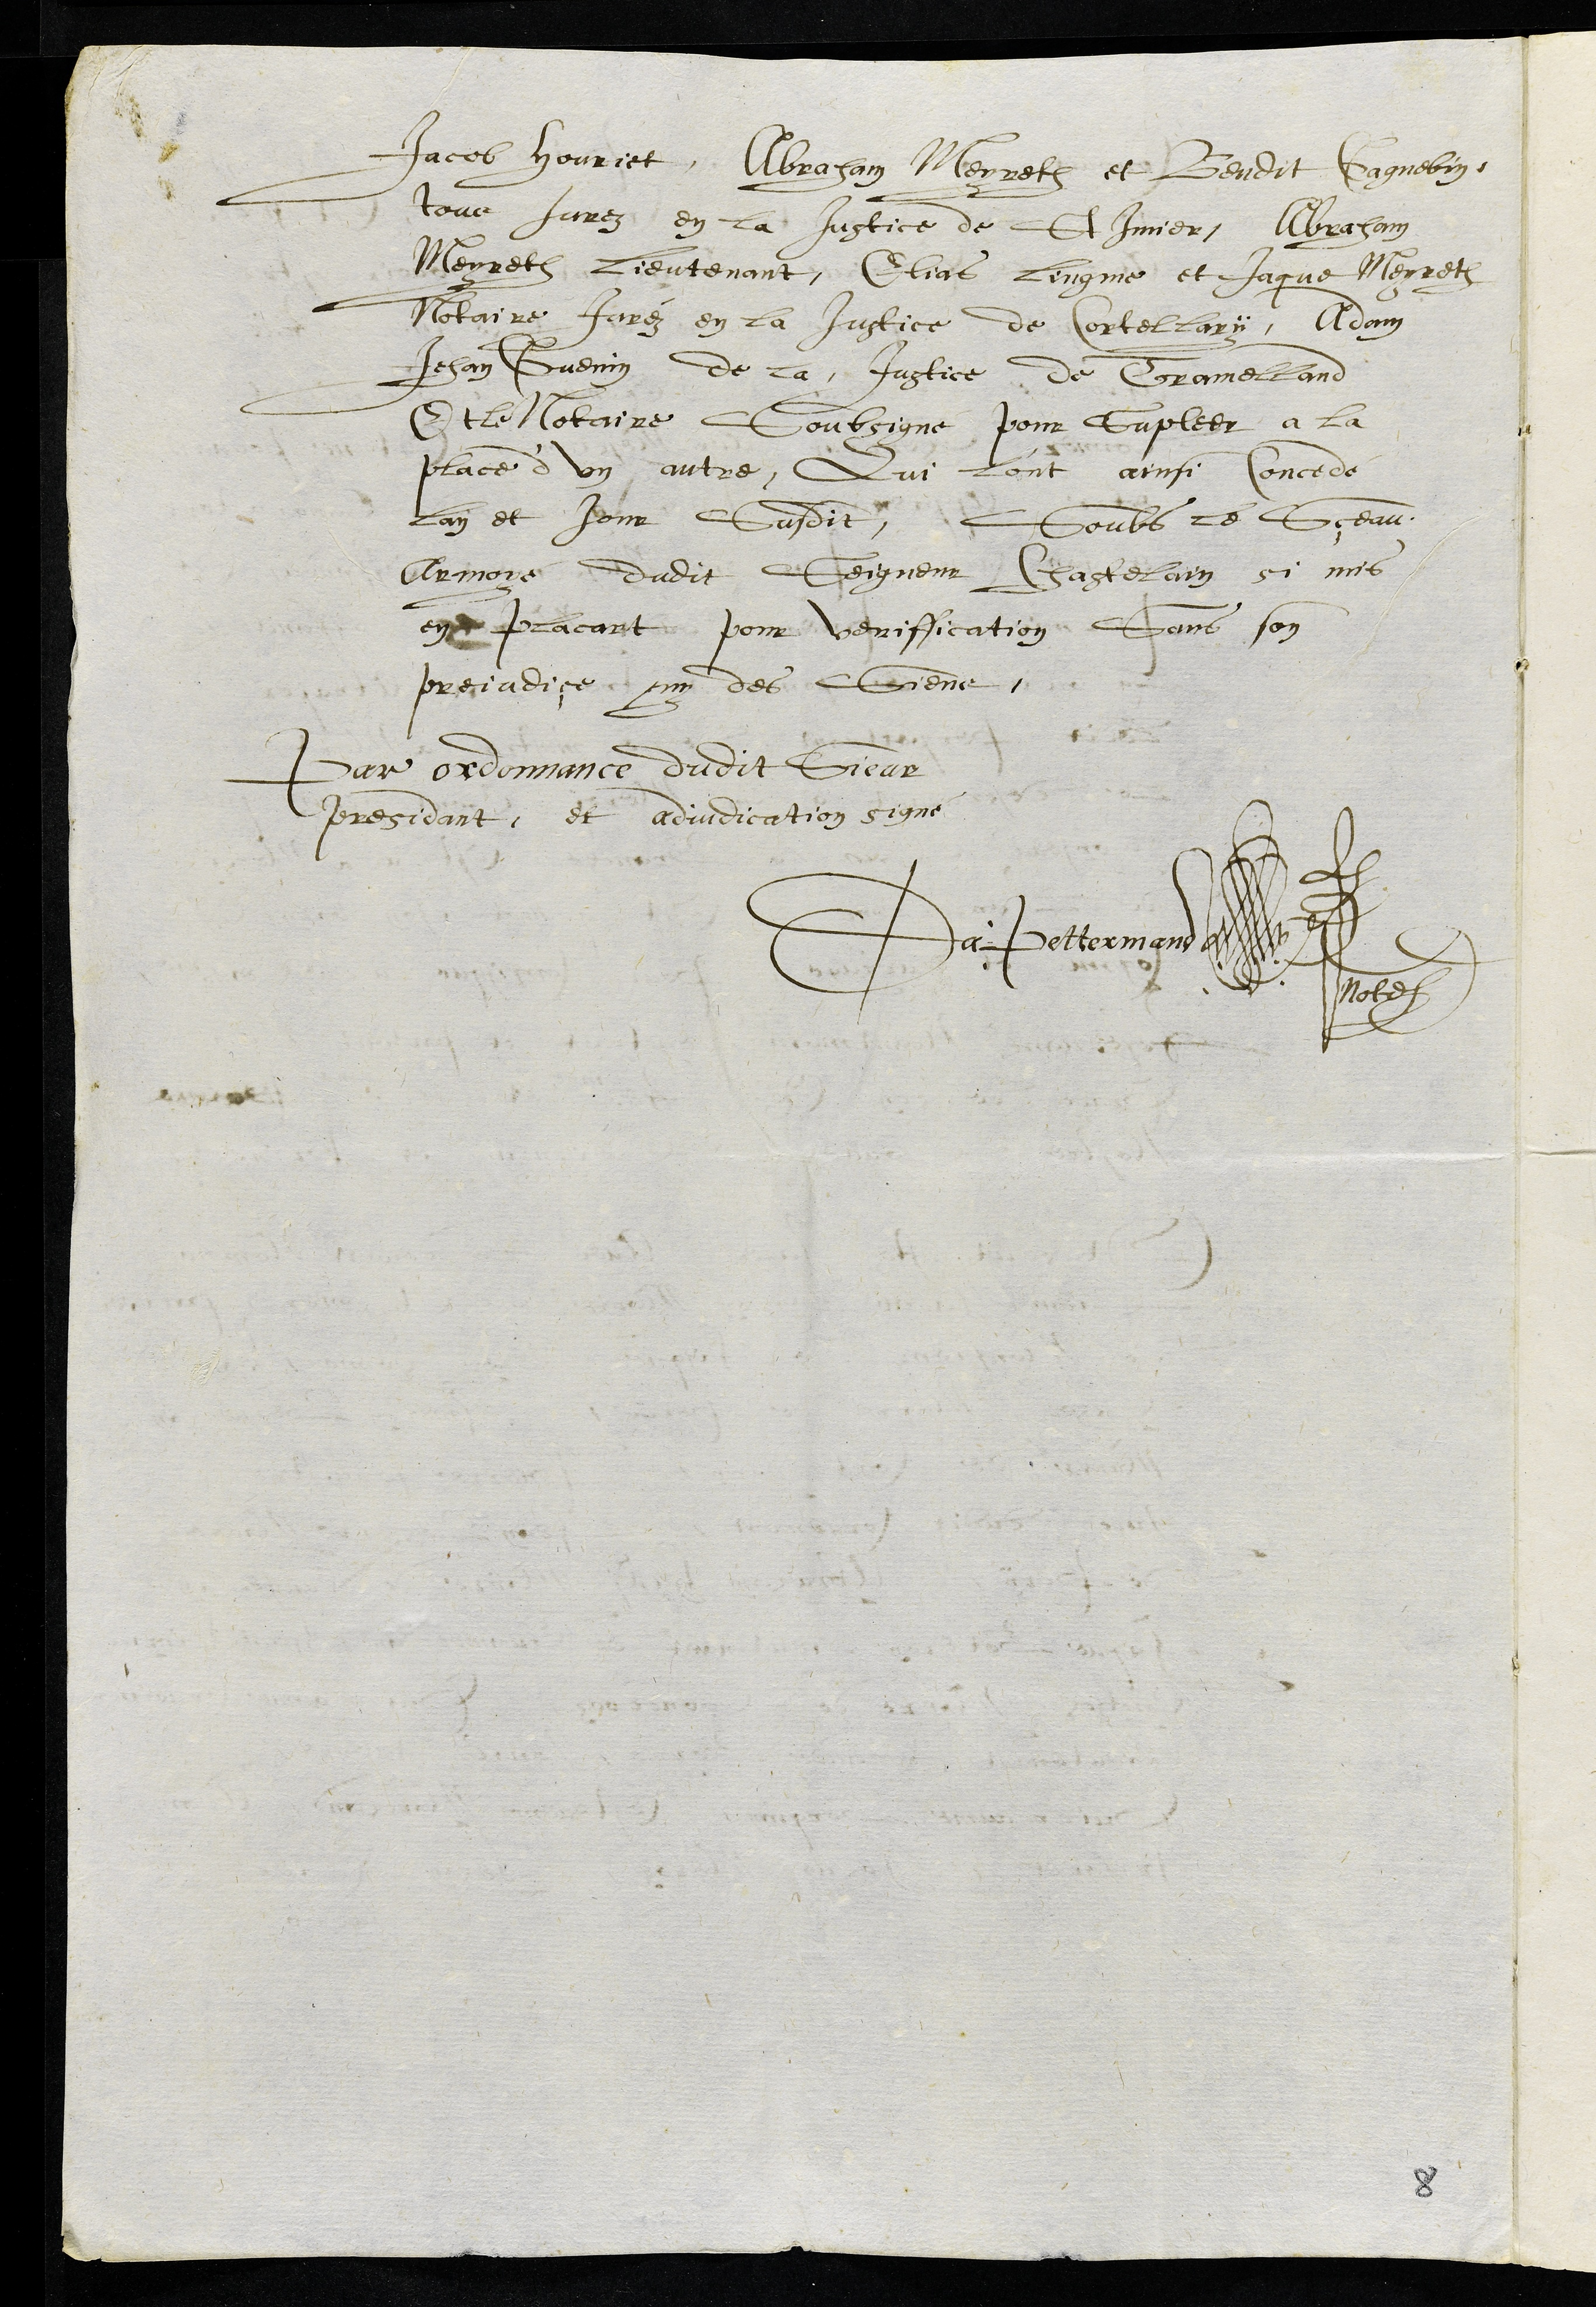
Jacob Houriet, Abraham Meyreth et Bendit Gagnebin
tous Jurez en la Justice de St Imier, Abraham
Meyreth Lieutenant, Elias Lingme et Jaque Meyreth
Notaire Juréz en la Justice de Cortellary, Adam
Jehan Guenin de la Justice de Tramelland
Et le Notaire Soubsigné pour Supleer a la
place d'un autre, Qui l'ont ainsi Concedé
lan et jour Susdit, Soubs le Sçeau
Armoyé dudit Seigneur Chastelain si mis
en placart pour veriffication, Sans son
prejudiçe ny des Siens.
Par ordonnance dudit Sieur
presidant, et adjudication signé
Da. Pettermand
Not.
8